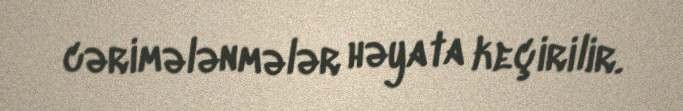
cərimələnmələr həyata keçirilir.